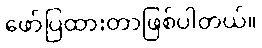
ဖော်ပြထားတာဖြစ်ပါတယ်။